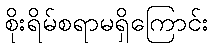
စိုးရိမ်စရာမရှိကြောင်း